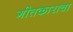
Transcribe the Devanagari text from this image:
गीतकाराचा